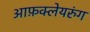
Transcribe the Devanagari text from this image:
आफ़क्लेयरुंग